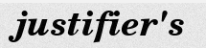
justifier's